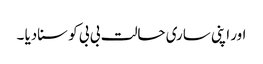
اور اپنی ساری حالت بی بی کو سنادیا ۔